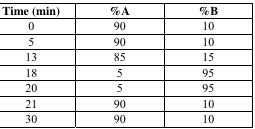
<table><thead><tr><td><b>Time (min)</b></td><td><b>%A</b></td><td><b>%B</b></td></tr></thead><tbody><tr><td>0</td><td>90</td><td>10</td></tr><tr><td>5</td><td>90</td><td>10</td></tr><tr><td>13</td><td>85</td><td>15</td></tr><tr><td>18</td><td>5</td><td>95</td></tr><tr><td>20</td><td>5</td><td>95</td></tr><tr><td>21</td><td>90</td><td>10</td></tr><tr><td>30</td><td>90</td><td>10</td></tr></tbody></table>